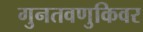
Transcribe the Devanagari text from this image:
गुनतवणुकिवर